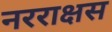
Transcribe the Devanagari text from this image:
नरराक्षस